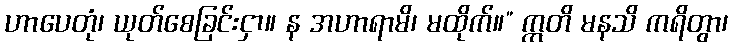
ဟာပေတုံ၊ ယုတ်စေခြင်းငှာ။ န အဟာရာမိ၊ မထိုက်။” ဣတိ မနသိ ကရိတွာ၊